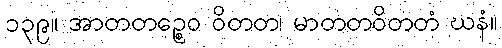
၁၃၉။ အာတတဉ္စေဝ ဝိတတ၊ မာတတဝိတတံ ဃနံ။